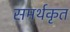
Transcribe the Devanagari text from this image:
समर्थकृत